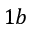
1 b